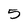
Character: 5